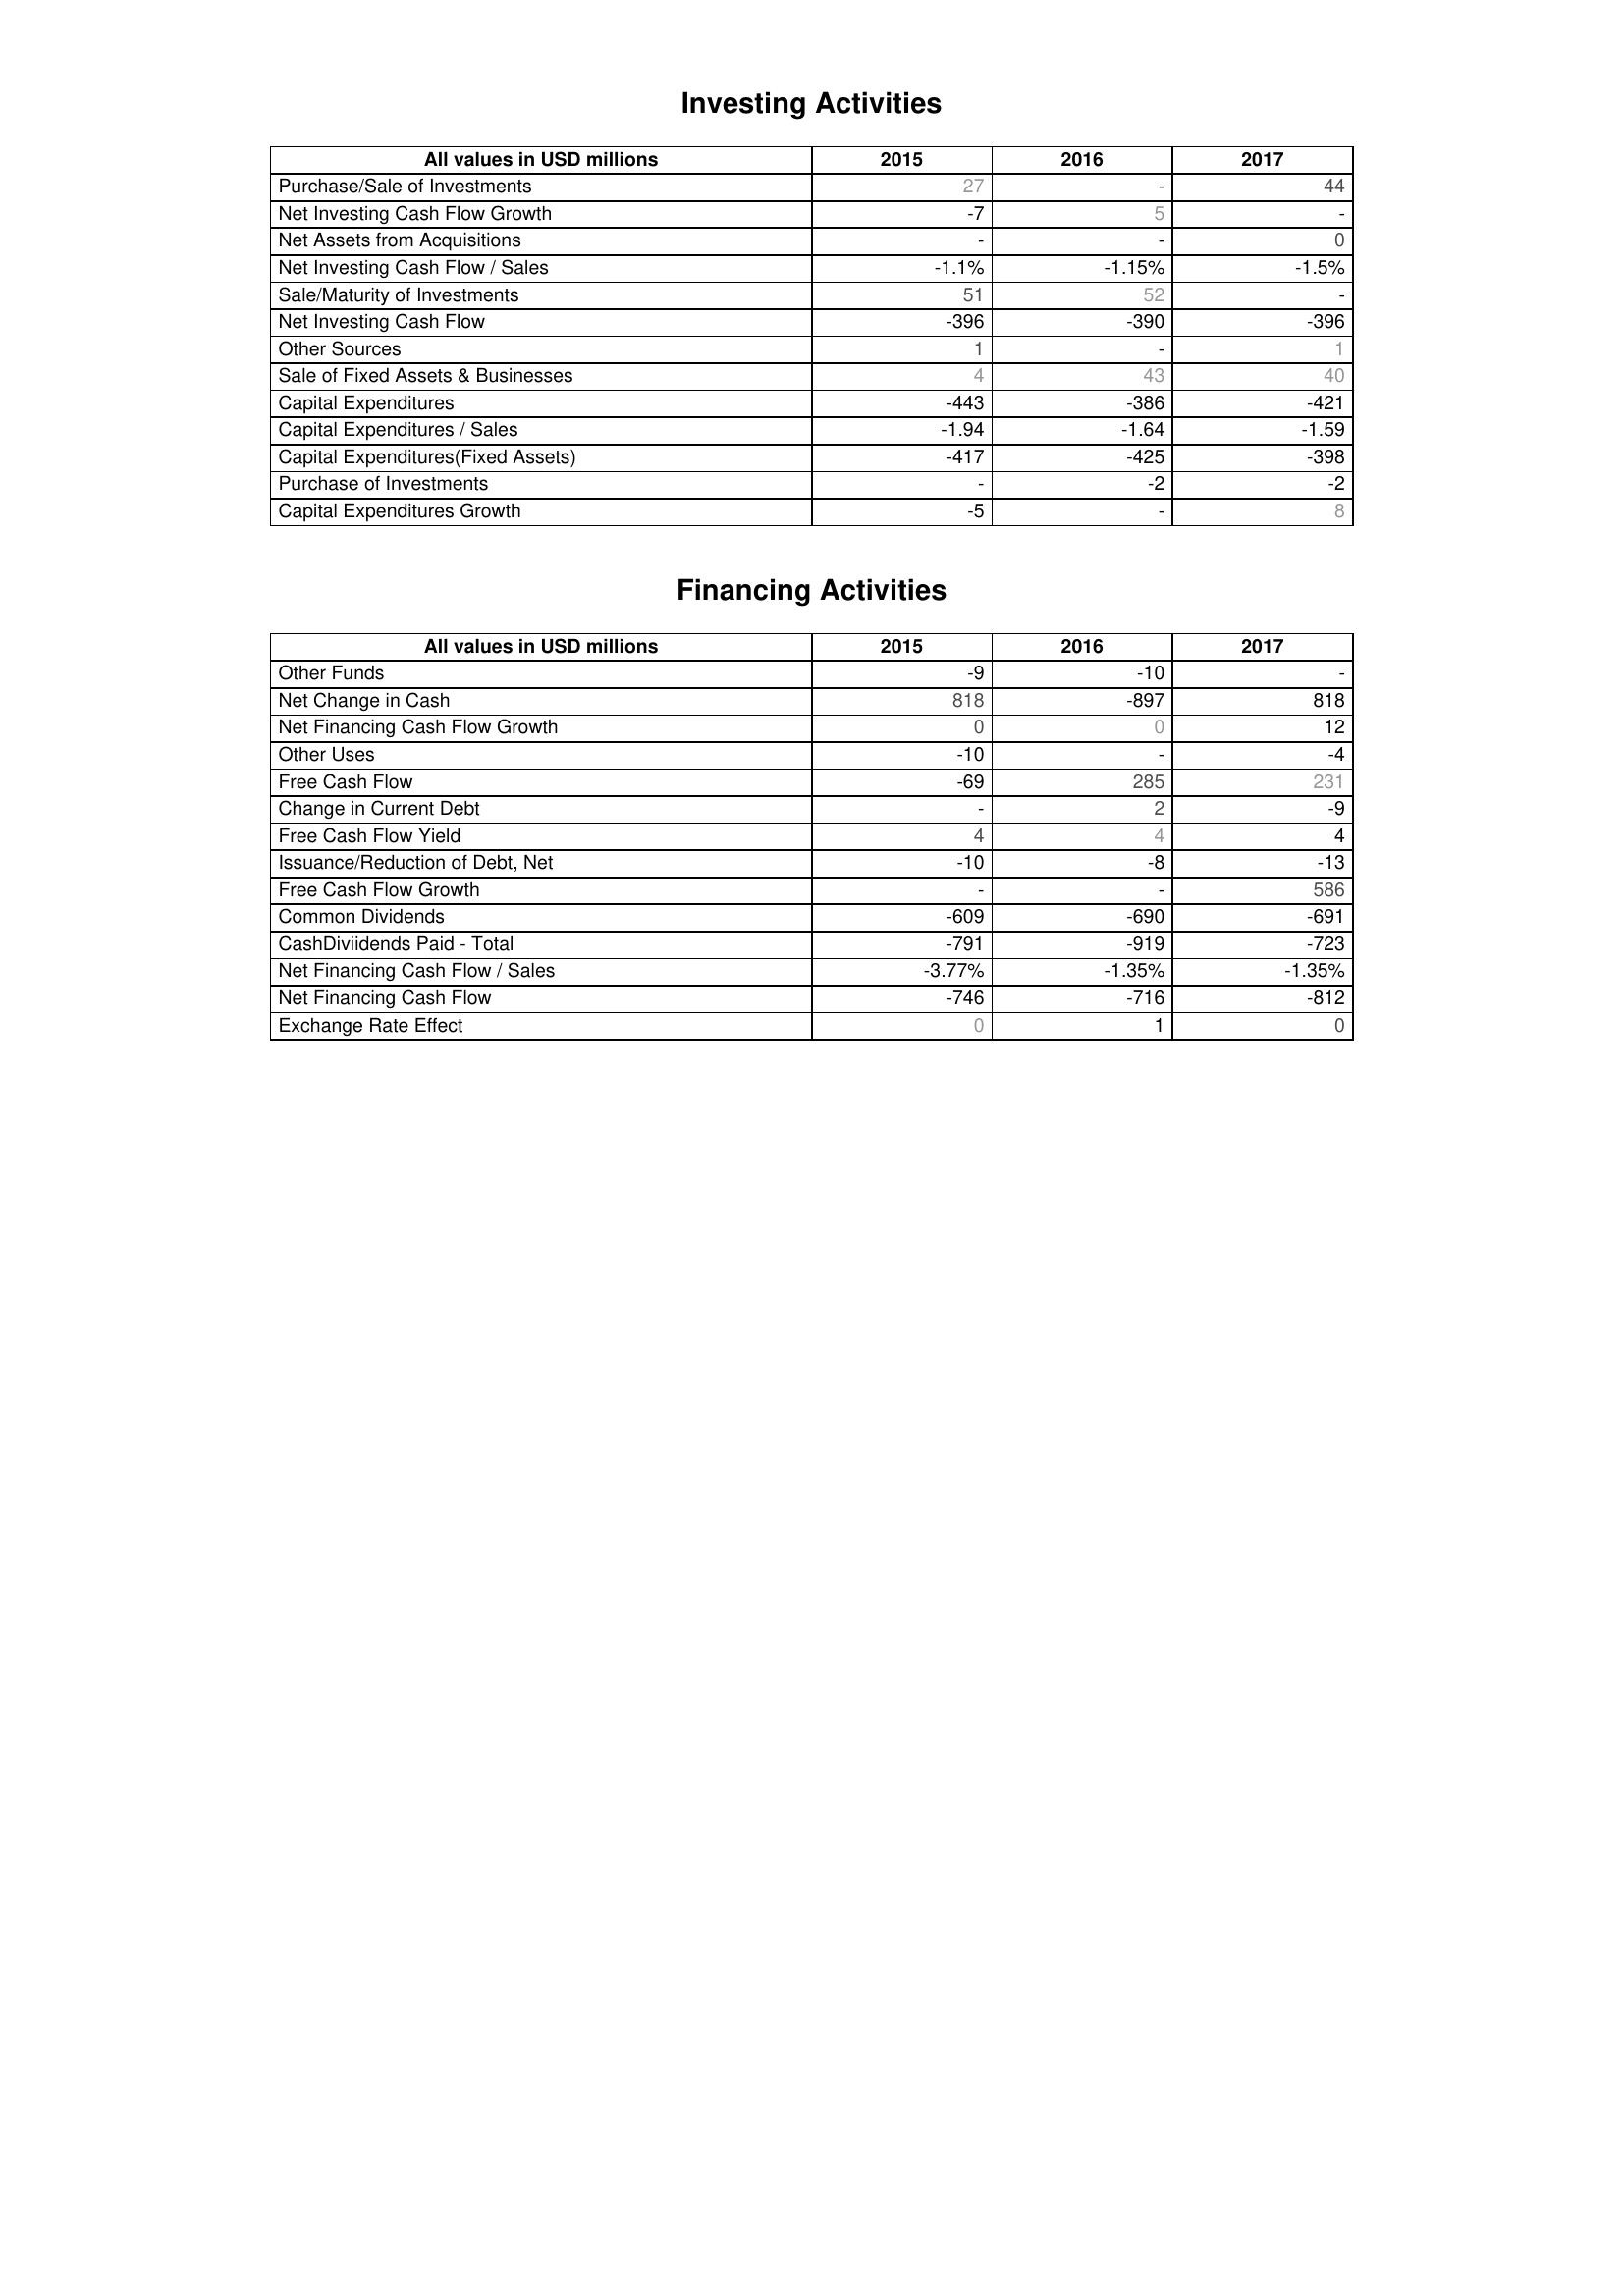
2015: Investing Activities: Purchase/Sale of Investments: 27
Net Investing Cash Flow Growth: -7
Net Assets from Acquisitions: -
Net Investing Cash Flow / Sales: -1.1%
Sale/Maturity of Investments: 51
Net Investing Cash Flow: -396
Other Sources: 1
Sale of Fixed Assets & Businesses: 4
Capital Expenditures: -443
Capital Expenditures / Sales: -1.94
Capital Expenditures(Fixed Assets): -417
Purchase of Investments: -
Capital Expenditures Growth: -5
Financing Activities: Other Funds: -9
Net Change in Cash: 818
Net Financing Cash Flow Growth: 0
Other Uses: -10
Free Cash Flow: -69
Change in Current Debt: -
Free Cash Flow Yield: 4
Issuance/Reduction of Debt, Net: -10
Free Cash Flow Growth: -
Common Dividends: -609
CashDiviidends Paid - Total: -791
Net Financing Cash Flow / Sales: -3.77%
Net Financing Cash Flow: -746
Exchange Rate Effect: 0
2016: Investing Activities: Purchase/Sale of Investments: -
Net Investing Cash Flow Growth: 5
Net Assets from Acquisitions: -
Net Investing Cash Flow / Sales: -1.15%
Sale/Maturity of Investments: 52
Net Investing Cash Flow: -390
Other Sources: -
Sale of Fixed Assets & Businesses: 43
Capital Expenditures: -386
Capital Expenditures / Sales: -1.64
Capital Expenditures(Fixed Assets): -425
Purchase of Investments: -2
Capital Expenditures Growth: -
Financing Activities: Other Funds: -10
Net Change in Cash: -897
Net Financing Cash Flow Growth: 0
Other Uses: -
Free Cash Flow: 285
Change in Current Debt: 2
Free Cash Flow Yield: 4
Issuance/Reduction of Debt, Net: -8
Free Cash Flow Growth: -
Common Dividends: -690
CashDiviidends Paid - Total: -919
Net Financing Cash Flow / Sales: -1.35%
Net Financing Cash Flow: -716
Exchange Rate Effect: 1
2017: Investing Activities: Purchase/Sale of Investments: 44
Net Investing Cash Flow Growth: -
Net Assets from Acquisitions: 0
Net Investing Cash Flow / Sales: -1.5%
Sale/Maturity of Investments: -
Net Investing Cash Flow: -396
Other Sources: 1
Sale of Fixed Assets & Businesses: 40
Capital Expenditures: -421
Capital Expenditures / Sales: -1.59
Capital Expenditures(Fixed Assets): -398
Purchase of Investments: -2
Capital Expenditures Growth: 8
Financing Activities: Other Funds: -
Net Change in Cash: 818
Net Financing Cash Flow Growth: 12
Other Uses: -4
Free Cash Flow: 231
Change in Current Debt: -9
Free Cash Flow Yield: 4
Issuance/Reduction of Debt, Net: -13
Free Cash Flow Growth: 586
Common Dividends: -691
CashDiviidends Paid - Total: -723
Net Financing Cash Flow / Sales: -1.35%
Net Financing Cash Flow: -812
Exchange Rate Effect: 0